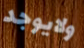
ولايوجد